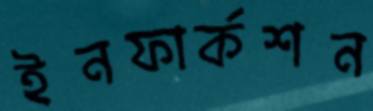
ইনফার্কশন